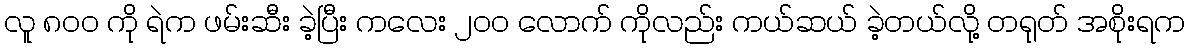
လူ ၈၀၀ ကို ရဲက ဖမ်းဆီး ခဲ့ပြီး ကလေး ၂၀၀ လောက် ကိုလည်း ကယ်ဆယ် ခဲ့တယ်လို့ တရုတ် အစိုးရက